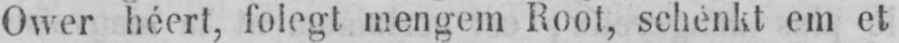
Ower héert, folegt mengem Root, schenkt em et